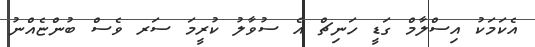
އެކަމަކު އިސްލާމް ގަޑީ ހަނިޗް އެ ސުވާލު ކުރީމަ ސަރ ވެސް ބުންޏެއްނު